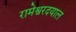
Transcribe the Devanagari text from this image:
रामेश्वरदयाल